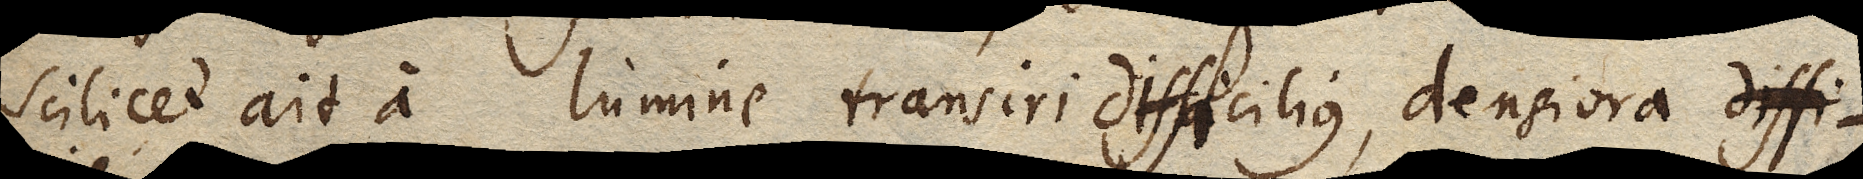
scilicet ait a lumine transiri difficilius, densiora diffi-